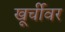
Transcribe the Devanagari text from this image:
खूर्चीवर